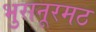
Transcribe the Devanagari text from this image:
भुसनूरमठ